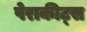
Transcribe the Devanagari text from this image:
पेराकीट्स